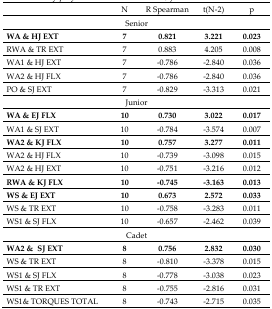
<table><thead><tr><td></td><td><b>N</b></td><td><b>R Spearman</b></td><td><b>t(N-2)</b></td><td><b>p</b></td></tr></thead><tbody><tr><td colspan="5">Senior</td></tr><tr><td><b>WA &amp; HJ EXT</b></td><td><b>7</b></td><td><b>0.821</b></td><td><b>3.221</b></td><td><b>0.023</b></td></tr><tr><td>RWA &amp; TR EXT</td><td>7</td><td>0.883</td><td>4.205</td><td>0.008</td></tr><tr><td>WA1 &amp; HJ EXT</td><td>7</td><td>−0.786</td><td>−2.840</td><td>0.036</td></tr><tr><td>WA2 &amp; HJ FLX</td><td>7</td><td>−0.786</td><td>−2.840</td><td>0.036</td></tr><tr><td>PO &amp; SJ EXT</td><td>7</td><td>−0.829</td><td>−3.313</td><td>0.021</td></tr><tr><td colspan="5">Junior</td></tr><tr><td><b>WA &amp; EJ FLX</b></td><td><b>10</b></td><td><b>0.730</b></td><td><b>3.022</b></td><td><b>0.017</b></td></tr><tr><td>WA1 &amp; SJ EXT</td><td>10</td><td>−0.784</td><td>−3.574</td><td>0.007</td></tr><tr><td><b>WA2 &amp; KJ FLX</b></td><td><b>10</b></td><td><b>0.757</b></td><td><b>3.277</b></td><td><b>0.011</b></td></tr><tr><td>WA2 &amp; HJ FLX</td><td>10</td><td>−0.739</td><td>−3.098</td><td>0.015</td></tr><tr><td>WA2 &amp; HJ EXT</td><td>10</td><td>−0.751</td><td>−3.216</td><td>0.012</td></tr><tr><td><b>RWA &amp; KJ FLX</b></td><td><b>10</b></td><td><b>−0.745</b></td><td><b>−3.163</b></td><td><b>0.013</b></td></tr><tr><td><b>WS &amp; EJ EXT</b></td><td><b>10</b></td><td><b>0.673</b></td><td><b>2.572</b></td><td><b>0.033</b></td></tr><tr><td>WS &amp; TR EXT</td><td>10</td><td>−0.758</td><td>−3.283</td><td>0.011</td></tr><tr><td>WS1 &amp; SJ FLX</td><td>10</td><td>−0.657</td><td>−2.462</td><td>0.039</td></tr><tr><td colspan="5">Cadet</td></tr><tr><td><b>WA2 &amp; SJ EXT</b></td><td><b>8</b></td><td><b>0.756</b></td><td><b>2.832</b></td><td><b>0.030</b></td></tr><tr><td>WS &amp; TR EXT</td><td>8</td><td>−0.810</td><td>−3.378</td><td>0.015</td></tr><tr><td>WS1 &amp; SJ FLX</td><td>8</td><td>−0.778</td><td>−3.038</td><td>0.023</td></tr><tr><td>WS1 &amp; TR EXT</td><td>8</td><td>−0.755</td><td>−2.816</td><td>0.031</td></tr><tr><td>WS1&amp; TORQUES TOTAL</td><td>8</td><td>−0.743</td><td>−2.715</td><td>0.035</td></tr></tbody></table>